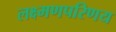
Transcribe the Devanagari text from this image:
लक्ष्मणपरिणय